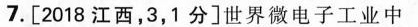
7.[2018江西，3，1分]世界微电子工业中